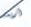
أربعه